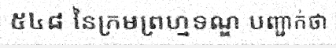
៥៤៨ នៃក្រមព្រហ្មទណ្ឌ បញ្ជាក់ថា